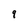
Character: q